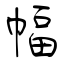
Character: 幅